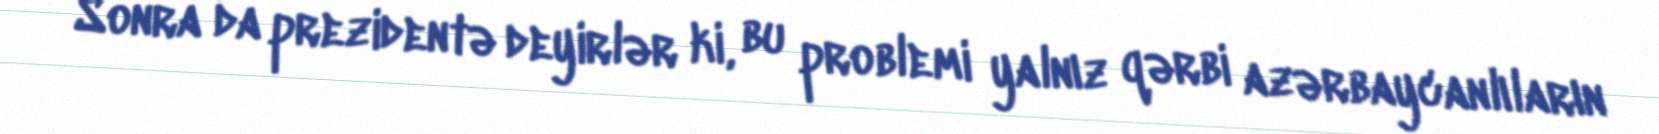
Sonra da prezidentə deyirlər ki, bu problemi yalnız qərbi azərbaycanlıların